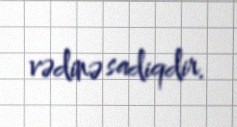
vədinə sadiqdir.